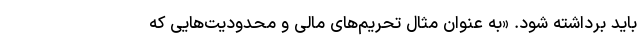
باید برداشته شود. «به عنوان مثال تحریم‌های مالی و محدودیت‌هایی که